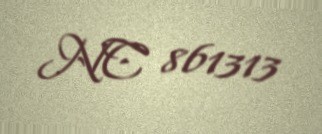
NC 861313